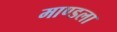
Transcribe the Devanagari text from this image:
माण्डला